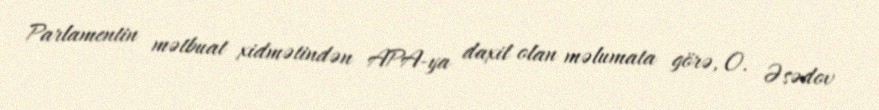
Parlamentin mətbuat xidmətindən APA-ya daxil olan məlumata görə, O. Əsədov